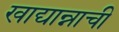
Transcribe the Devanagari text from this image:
खाद्यान्नाची